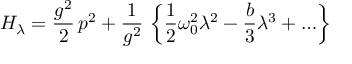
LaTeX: H _ { \lambda } = \frac { g ^ { 2 } } { 2 } \, p ^ { 2 } + \frac { 1 } { g ^ { 2 } } \, \left\{ \frac { 1 } { 2 } \omega _ { 0 } ^ { 2 } \lambda ^ { 2 } - \frac { b } { 3 } \lambda ^ { 3 } + \ldots \right\}